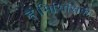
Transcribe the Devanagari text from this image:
हैं।मिसिसिपी